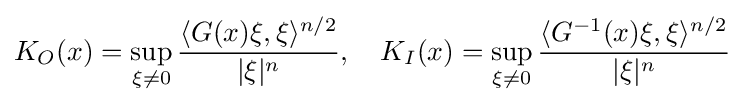
K_{O}(x)=\sup _{\xi \not =0}{\frac {\langle G(x)\xi ,\xi \rangle ^{n/2}}{|\xi |^{n}}},\quad K_{I}(x)=\sup _{\xi \not =0}{\frac {\langle G^{-1}(x)\xi ,\xi \rangle ^{n/2}}{|\xi |^{n}}}